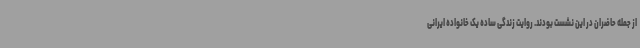
از جمله حاضران در این نشست بودند. روایت زندگی ساده یک خانواده ایرانی